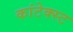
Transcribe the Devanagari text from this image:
कांटेक्स्ट